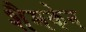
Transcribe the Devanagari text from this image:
शैमकेन